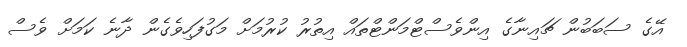
އޭގެ ސަބަބުން ޗައިނާގެ އިންވެސްޓްމަންޓްތައް އިތުރު ކުރުމަށް މަގުފަހިވެގެން ދާނެ ކަމަށް ވެސް